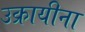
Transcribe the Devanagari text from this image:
उक्रायीना